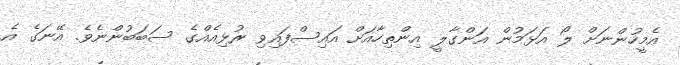
އެމީހުންނަށް ލޯ އަޅަމުން އަންގާލީ އިންތިހާއަށް އައިސްފައިވި ރުޅިއެއްގެ ސަބަބުންނެވެ. އޭނަގެ އެ